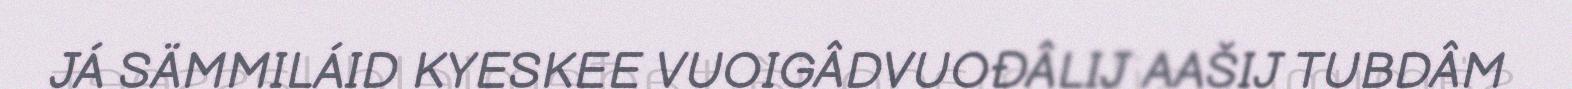
JÁ SÄMMILÁID KYESKEE VUOIGÂDVUOĐÂLIJ AAŠIJ TUBDÂM